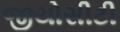
જીયોસીટી